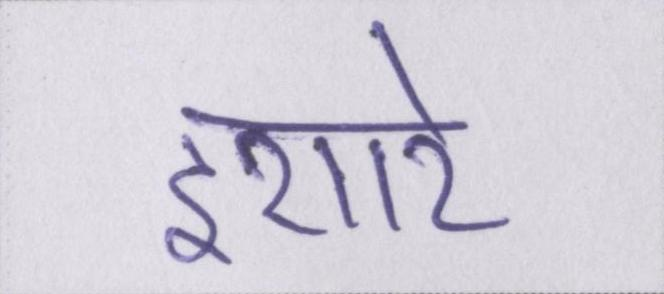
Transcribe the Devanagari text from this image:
इशारे